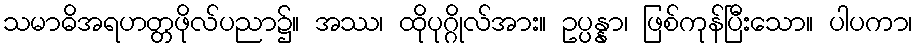
သမာဓိအရဟတ္တဖိုလ်ပညာ၌။ အဿ၊ ထိုပုဂ္ဂိုလ်အား။ ဥပ္ပန္နာ၊ ဖြစ်ကုန်ပြီးသော။ ပါပကာ၊